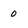
Character: 0